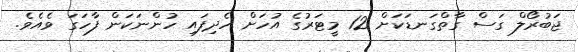
ޖަބުރޯލް ގަސް ގާތްގަނޑަކަށް 12 މީޓަރުގެ އުހަށް ހެދިފައި ހުންނަކަން ފާހަގަ ވެއެވެ.